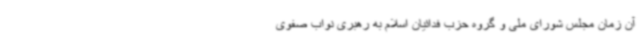
آن زمان مجلس شورای ملی و گروه حزب فدائیان اسلام به رهبری نواب صفوی